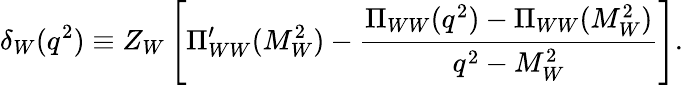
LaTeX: \delta_{W}(q^{2})\equiv Z_{W}\left[\Pi_{WW}^{\prime}(M_{W}^{2})-\frac{\Pi_{WW}(q^{2})-\Pi_{WW}(M_{W}^{2})}{q^{2}-M_{W}^{2}}\right].